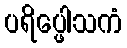
ပရိပ္ဖေါသကံ